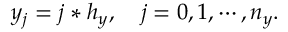
y _ { j } = j * h _ { y } , \quad j = 0 , 1 , \cdots , n _ { y } .